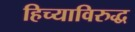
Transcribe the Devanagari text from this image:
हिच्याविरुद्ध